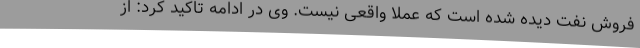
فروش نفت دیده شده است که عملا واقعی نیست. وی در ادامه تاکید کرد: از